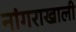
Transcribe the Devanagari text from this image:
नांगराखाली